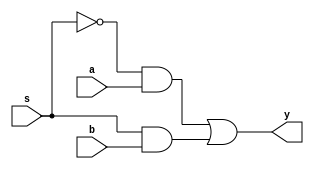
module mux2x1_df(a,b,s,y);
  input a,b,s;
  output y;
  wire sbar,o1,o2;
   assign sbar=~s;    // not(sbar,s);
   assign o1=sbar&a;  // and(o1,sbar,a);
   assign o2=s&b;    //  and(o2,s,b);
   assign y=o1|o2;  //  or(y,o1,o2);
endmodule